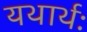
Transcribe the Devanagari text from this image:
यथार्थः